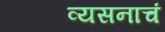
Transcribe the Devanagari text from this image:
व्यसनाचं